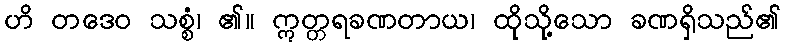
ဟိ တဒေဝ သစ္စံ၊ ၏။ ဣတ္တရခဏတာယ၊ ထိုသို့သော ခဏရှိသည်၏